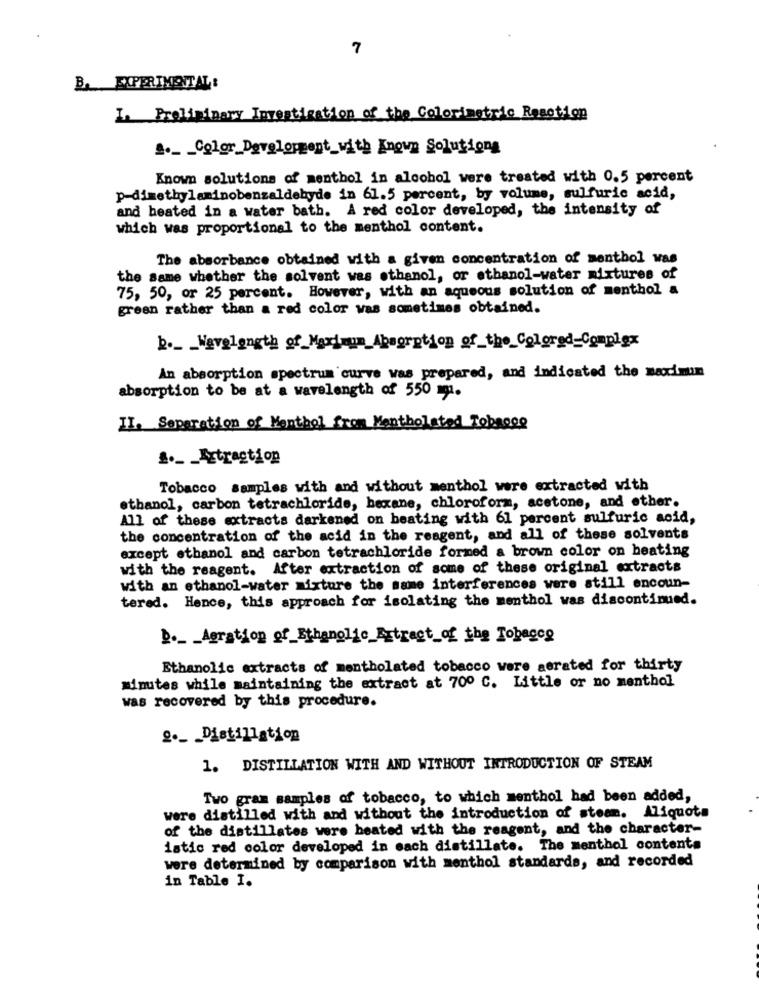
7
B. EXPERIMENTAL:
I. Preliminary Investigation of the Colorimetric Romotion
1. _ Color_Development with Known Solutions
Known solutions of menthol in alcohol were treated with 0.5 percent
p-dimethylaminobenzaldehyde in 61.5 percent, by volume, sulfuric acid,
and heated in a water bath. A red color developed, the intensity of
which was proportional to the menthol content.
The absorbance obtained with a given concentration of menthol was
the same whether the solvent was ethanol, or ethanol-water mixtures of
75, 50, or 25 percent. However, with an aqueous solution of menthol a
green rather than a red color was sometimes obtained.
b ._ _ Wavelength of_Maximum_Absorption of_the_Colorgd_Complex
An absorption spectrum curve was prepared, and indicated the maximum
absorption to be at a wavelength of 550 m.
II. Separation of Menthol from Mentholated Tobroog
£ ._ _ Xxtraction
Tobacco samples with and without menthol were extracted with
ethanol, carbon tetrachloride, hexane, chloroform, acetone, and other.
All of these extracts darkened on beating with 61 percent sulfuric acid,
the concentration of the acid in the reagent, and all of these solvents
except ethanol and carbon tetrachloride formed a brown color on heating
with the reagent. After extraction of some of these original extracts
with an ethanol-water mixture the same interferences were still encoun-
tered. Hence, this approach for isolating the menthol was discontinued.
D ._ _ Agration of_Ethanglic_Extract_of the Tobacco
Ethanolic extracts of mentholated tobacco were aerated for thirty
minutes while maintaining the extract at 70º C. Little or no menthol
was recovered by this procedure.
2 ._ Distillation
1. DISTILLATION WITH AND WITHOUT INTRODUCTION OF STEAM
Two gram samples of tobacco, to which menthol had been added,
were distilled with and without the introduction of steam. Aliquota
of the distillates were heated with the reagent, and the character-
istic red color developed in each distillate. The menthol contents
were determined by comparison with menthol standards, and recorded
in Table I.